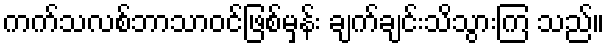
ကက်သလစ်ဘာသာဝင်ဖြစ်မှန်း ချက်ချင်းသိသွားကြ သည်။